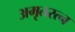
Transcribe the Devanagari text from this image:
अमृतरत्न